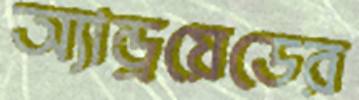
অ্যান্ড্রয়েডের